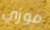
موزي